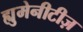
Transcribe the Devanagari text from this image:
ह्युमेनीटीज़